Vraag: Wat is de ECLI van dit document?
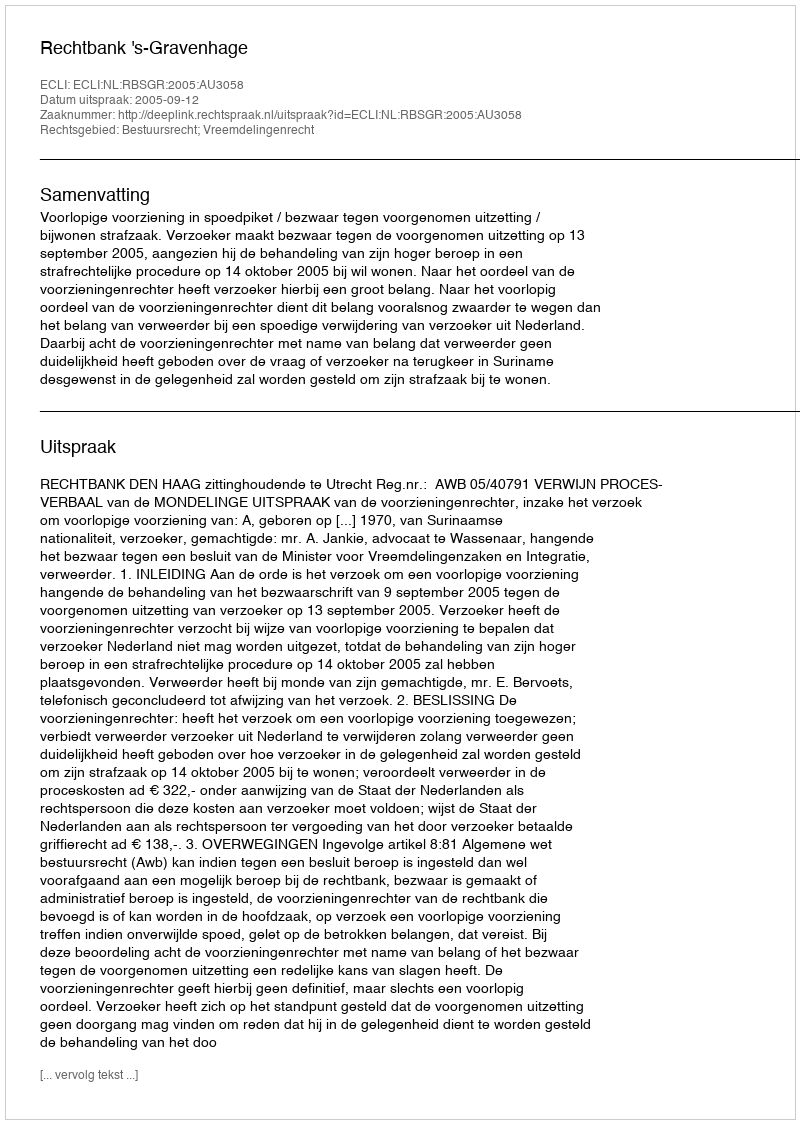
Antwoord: ECLI:NL:RBSGR:2005:AU3058